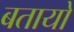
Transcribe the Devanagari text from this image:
बतायो